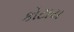
કોટાય